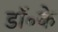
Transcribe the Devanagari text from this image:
डॉ॰के